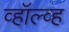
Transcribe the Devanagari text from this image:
व्हॉल्व्ह